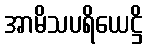
အာမိသပရိယေဋ္ဌိ